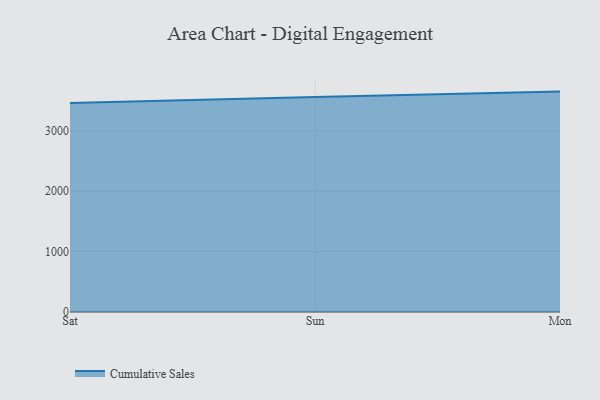
{"axis": {"x": "Day", "y": "Churn Rate (%)"}, "legend": ["Cumulative Sales"], "data": [{"x": "Sat", "y": 3462.1, "type": "Cumulative Sales"}, {"x": "Sun", "y": 3562.6, "type": "Cumulative Sales"}, {"x": "Mon", "y": 3650.1, "type": "Cumulative Sales"}]}